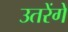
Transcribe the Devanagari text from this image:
उतरेंगे